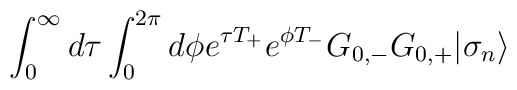
\int_{0}^{\infty} d \tau \int_{0}^{2 \pi} d \phi{\textstyle e}^{ \tau T_+}{\textstyle e}^{\phi T_-} G_{0,-} G_{0,+}| \sigma_n \rangle